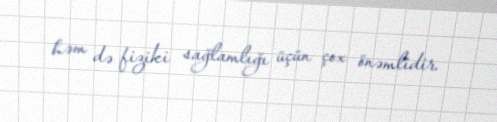
həm də fiziki sağlamlığı üçün çox önəmlidir.